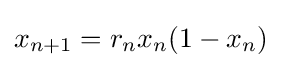
x_{n+1}=r_{n}x_{n}(1-x_{n})